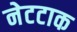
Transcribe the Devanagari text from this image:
नेटटाक